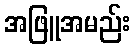
အဖြူအမည်း